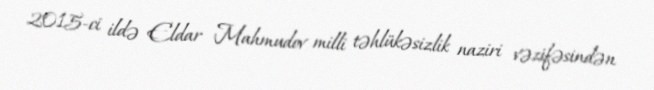
2015-ci ildə Eldar Mahmudov milli təhlükəsizlik naziri vəzifəsindən